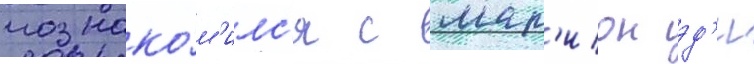
познако́м'илс'я с мар'ион эд'и